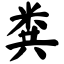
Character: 粪